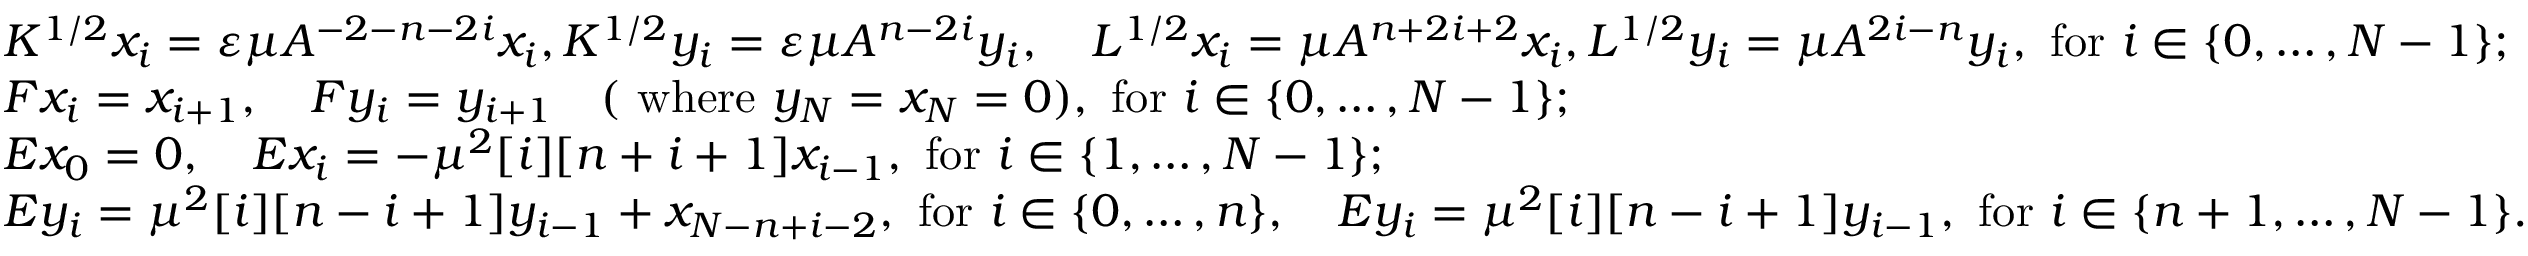
\begin{array} { r l } & { K ^ { 1 / 2 } x _ { i } = \varepsilon \mu A ^ { - 2 - n - 2 i } x _ { i } , K ^ { 1 / 2 } y _ { i } = \varepsilon \mu A ^ { n - 2 i } y _ { i } , \quad L ^ { 1 / 2 } x _ { i } = \mu A ^ { n + 2 i + 2 } x _ { i } , L ^ { 1 / 2 } y _ { i } = \mu A ^ { 2 i - n } y _ { i } \mathrm { , ~ f o r ~ } i \in \{ 0 , \ldots , N - 1 \} ; } \\ & { F x _ { i } = x _ { i + 1 } , \quad F y _ { i } = y _ { i + 1 } \quad \mathrm { ( ~ w h e r e ~ } y _ { N } = x _ { N } = 0 ) \mathrm { , ~ f o r ~ } i \in \{ 0 , \ldots , N - 1 \} ; } \\ & { E x _ { 0 } = 0 , \quad E x _ { i } = - \mu ^ { 2 } [ i ] [ n + i + 1 ] x _ { i - 1 } \mathrm { , ~ f o r ~ } i \in \{ 1 , \ldots , N - 1 \} ; } \\ & { E y _ { i } = \mu ^ { 2 } [ i ] [ n - i + 1 ] y _ { i - 1 } + x _ { N - n + i - 2 } \mathrm { , ~ f o r ~ } i \in \{ 0 , \ldots , n \} , \quad E y _ { i } = \mu ^ { 2 } [ i ] [ n - i + 1 ] y _ { i - 1 } \mathrm { , ~ f o r ~ } i \in \{ n + 1 , \ldots , N - 1 \} . } \end{array}